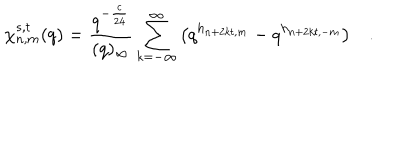
\chi _ { n , m } ^ { s , t } ( q ) = \frac { q ^ { - \frac { c } { 2 4 } } } { ( q ) _ { \infty } } \sum _ { k = - \infty } ^ { \infty } \left( q ^ { h _ { n + 2 k t , m } } - q ^ { h _ { n + 2 k t , - m } } \right) .